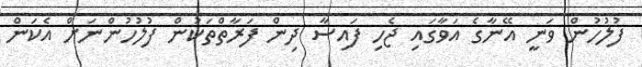
ފުލުހުން ވަނީ އޭނާގެ އަވާގައި ޖެހި ފައިސާ ދިން ފަރާތްތަކުން ފުލުހުންނަށް އެކަން